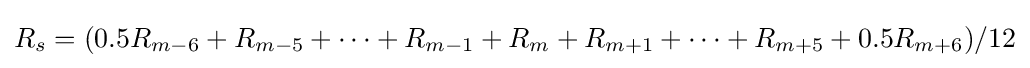
R_{s}=(0.5R_{m-6}+R_{m-5}+\dots +R_{m-1}+R_{m}+R_{m+1}+\dots +R_{m+5}+0.5R_{m+6})/12